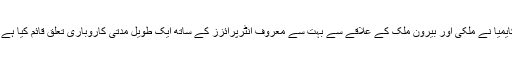
کایمیا نے ملکی اور بیرون ملک کے علاقے سے بہت سے معروف انٹرپرائزز کے ساتھ ایک طویل مدتی کاروباری تعلق قائم کیا ہے ۔